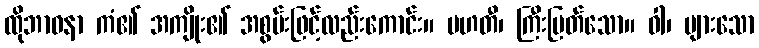
ထိုဘာဝနာ ကံ၏ အကျိုး၏ အစွမ်းဖြင့်လည်းကောင်း။ မဟတီ၊ ကြီးမြတ်သော။ ဝါ၊ များသော